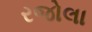
રજોલા